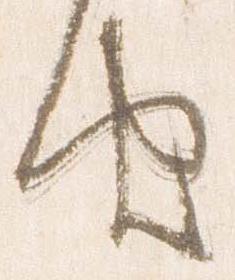
由